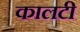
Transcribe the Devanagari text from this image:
कालटी